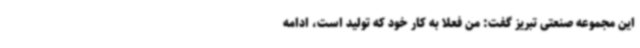
این مجموعه صنعتی تبریز گفت: من فعلاً به کار خود که تولید است، ادامه